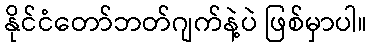
နိုင်ငံတော်ဘတ်ဂျက်နဲ့ပဲ ဖြစ်မှာပါ။